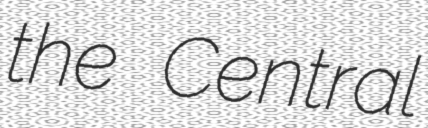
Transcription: the Central